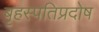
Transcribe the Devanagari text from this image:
बृहस्पतिप्रदोष